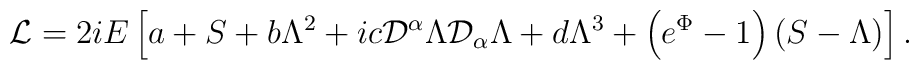
{\mathcal{L}} = 2iE \left[a+S+b\Lambda^{2}+ic{\mathcal{D}}^{\alpha}\Lambda{\mathcal{D}}_{\alpha} \Lambda+d\Lambda^{3} + \left(e^{\Phi}-1\right)\left(S-\Lambda\right)\right].